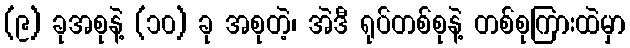
(၉) ခုအစုနဲ့ (၁၀) ခု အစုတဲ့၊ အဲဒီ ရုပ်တစ်စုနဲ့ တစ်စုကြားထဲမှာ